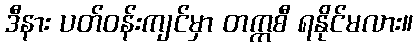
ဒီနား ပတ်ဝန်းကျင်မှာ တက္ကစီ ရနိုင်မလား။